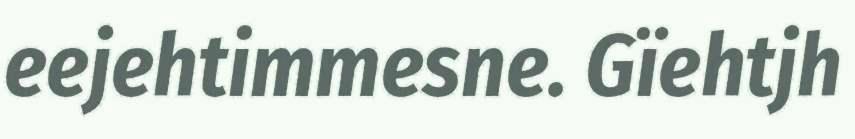
eejehtimmesne. Gïehtjh